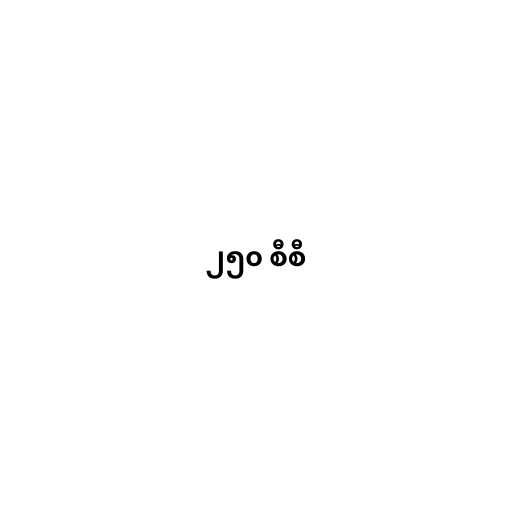
၂၅၀ စီစီ